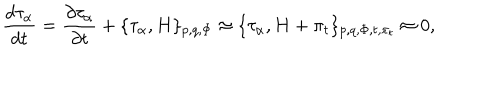
{ \frac { d { \tau _ { \alpha } } } { d t } } = \frac { \partial \tau _ { \alpha } } { \partial t } + \{ \tau _ { \alpha } , H \} _ { p , q , \Phi } \approx \{ \tau _ { \alpha } , H + \pi _ { t } \} _ { p , q , \Phi , t , \pi _ { t } } \approx 0 ,